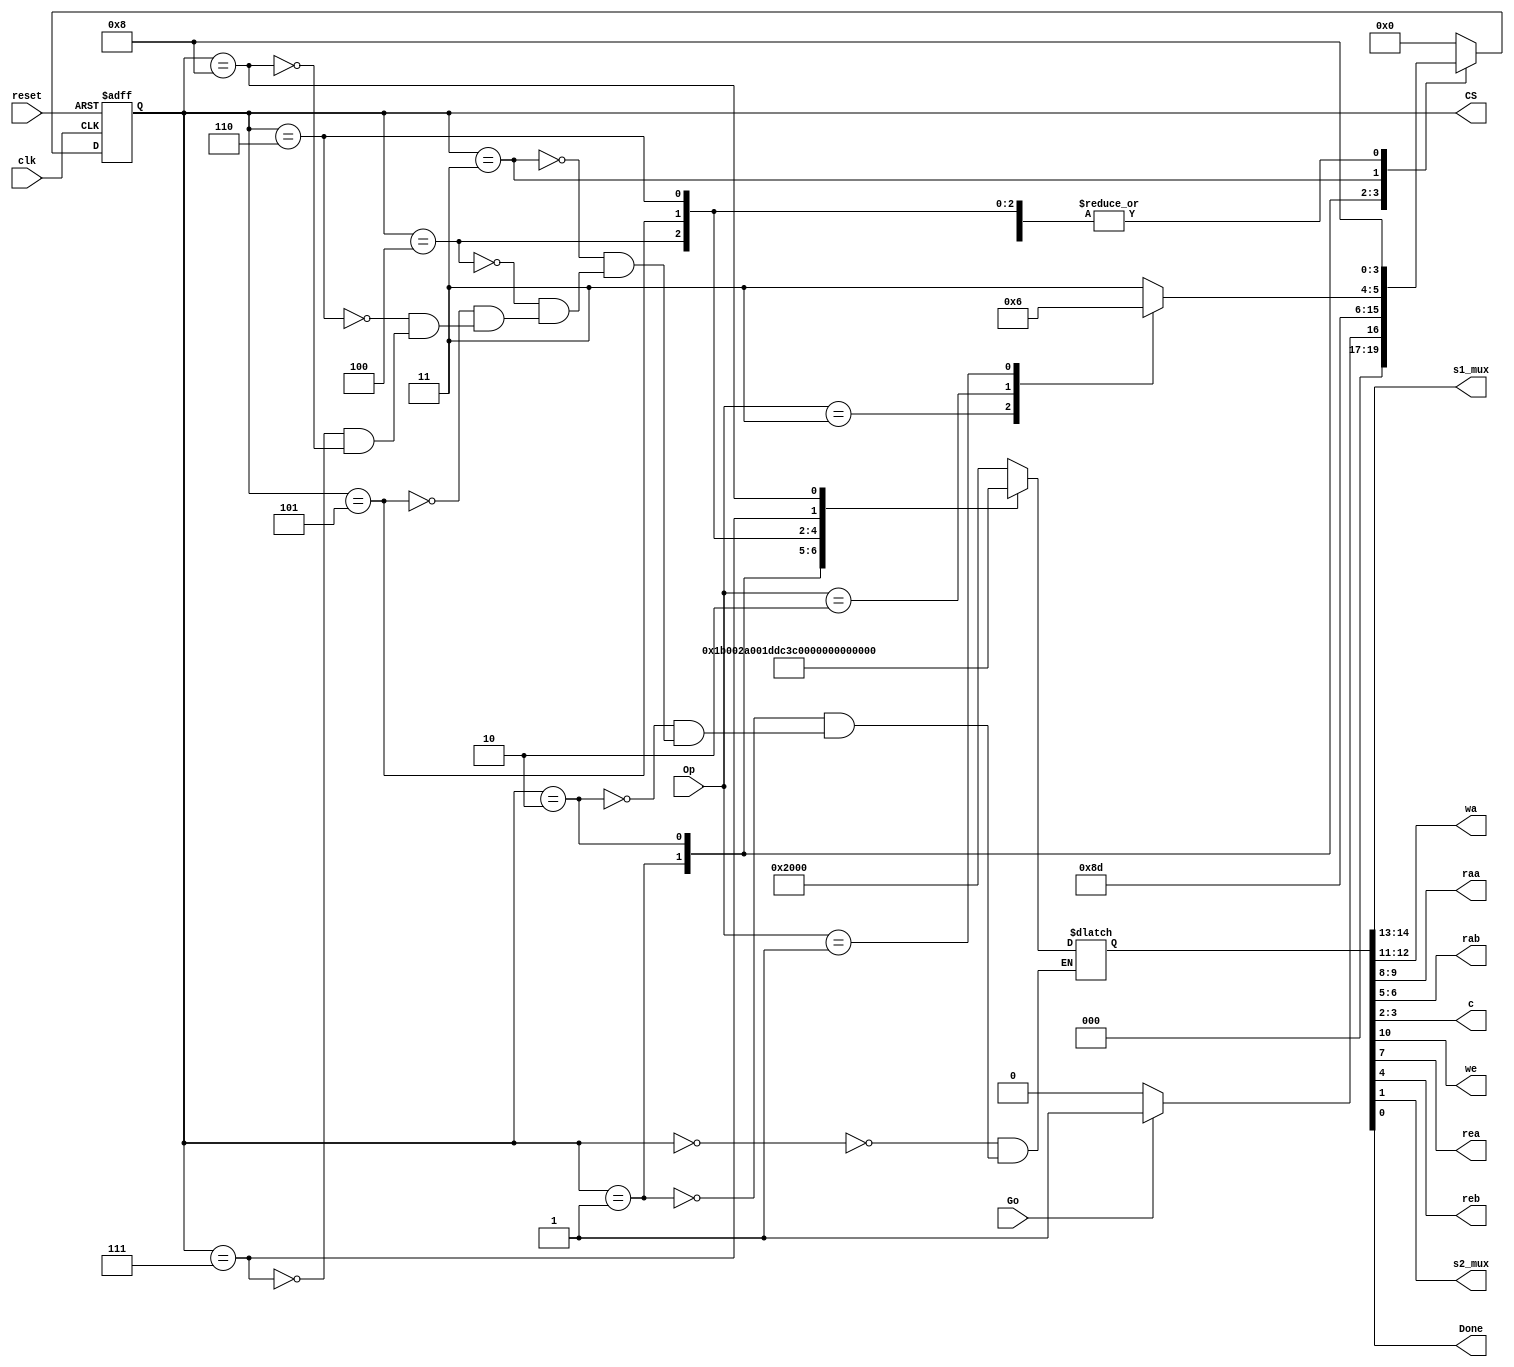
`timescale 1ns / 1ps
module FSM(input Go, clk, reset,
			input [1:0] Op,
			output reg [3:0] CS,
			output reg [1:0] s1_mux, wa, raa, rab, c,
			output reg we, rea, reb, s2_mux, Done);


	reg [3:0] NS; //Next State Register

	parameter
		s0 = 4'b0000, //Idle, If Go = 0, then s0; if Go = 1, then s1;
		s1 = 4'b0001, //Load Input 1 into Register 1, go to s2;
		s2 = 4'b0010, //Load Input 2 into Register 2, go to s3;
		s3 = 4'b0011, //Wait for Operation
		s4 = 4'b0100, //Addition, ALU Operation = 11, go to s8;
		s5 = 4'b0101, //Subtraction, ALU Operation = 10, go to s8;
		s6 = 4'b0110, //AND, ALU Operation = 01, go to s8;
		s7 = 4'b0111, //XOR, ALU Operation = 00, go to s8;
		s8 = 4'b1000; //Load Output, Done = 1, go to S0;

						  ////////////
						  //NS Logic//
						  ///////////
	always @ (CS, Go, Op) begin
		case(CS)
			s0:begin NS = (Go) ? s1:s0; end
			s1:      NS = s2;
			s2:      NS = s3;
			s3:
			begin
				case(Op)
				    2'b11:
					     NS = s4;
				    2'b10:
						 NS = s5;
				    2'b01:
						 NS = s6;
				    default:
						 NS = s7;
				endcase
			end
			s4:      NS = s8;
			s5:      NS = s8;
			s6:      NS = s8;
			s7:      NS = s8;
			s8:      NS = s0;
			default: NS = s0;
		endcase
	end

						///////////////////////////////
						//State Register (Sequential)//
						///////////////////////////////
	always @(posedge clk, posedge reset) begin
		if(reset)
		      CS <= s0;
		else
		      CS <= NS;
	end


	reg [14:0] Opcode;

	//15'b (s1)_(wa)_(we)_(raa)_(rea)_(rab)_(reb)_(c)_(s2)_(Done)

	parameter
		Idle = 15'b01_00_0_00_0_00_0_00_0_0,
		LoadIn1 = 15'b11_01_1_00_0_00_0_00_0_0,
		LoadIn2 = 15'b10_10_1_00_0_00_0_00_0_0,
		Add = 15'b00_11_1_01_1_10_1_11_0_0,
		Subtract = 15'b00_11_1_01_1_10_1_10_0_0,
		AND = 15'b00_11_1_01_1_10_1_01_0_0,
		XOR = 15'b00_11_1_01_1_10_1_00_0_0,
		LoadOutput = 15'b01_00_0_11_1_11_1_01_1_1;

	always @ (Opcode) begin
		{s1_mux, wa, we, raa, rea, rab, reb, c, s2_mux, Done} = Opcode;
	end

						//////////////////////////////
						//Output Combinational Logic//
						//////////////////////////////
	always @ (CS) begin
		case (CS)
			s0:
				Opcode = Idle; //Idle
			s1:
				Opcode = LoadIn1; //Load Input 1 into R1
			s2:
				Opcode = LoadIn2; //Load Input 2 into R2
			s3:
				Opcode = Idle; //Wait
			s4:
				Opcode = Add; //R1 + R2
			s5:
				Opcode = Subtract; //R1 - R2
			s6:
				Opcode = AND; //R1 & R2
			s7:
				Opcode = XOR; //R1 ^ R2
			s8:
				Opcode = LoadOutput; //Out = R3, Done = 1
		endcase
	end
endmodule